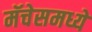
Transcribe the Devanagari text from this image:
मॅचेसमध्ये